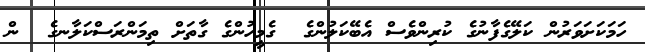
ހަމަކަށަވަރުން ކަލޭގެފާނުގެ ކުރިންވެސް އެބޭކަލުންގެ  ގެމީހުންގެ ގާތަށް ތިމަންރަސްކަލާނގެ  ން